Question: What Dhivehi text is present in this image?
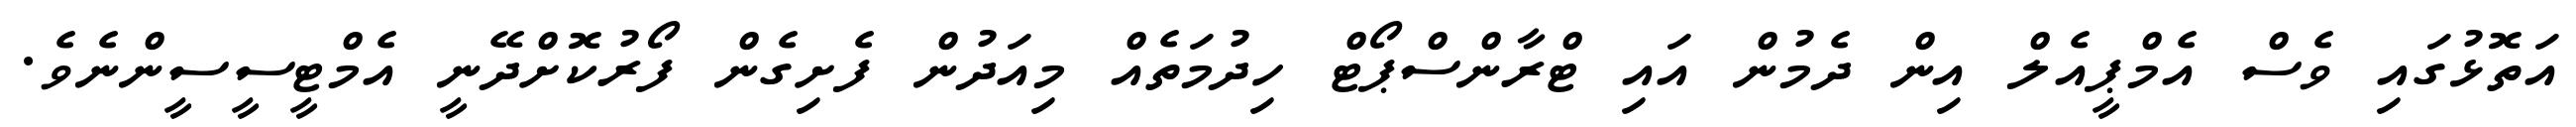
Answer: އަތޮޅުގައި ވެސް އެމްޕީއެލް އިން ދެމުން އައި ޓްރާންސްޕޯޓް ހިދުމަތެއް މިއަދުން ފެށިގެން ފޯރުކޮށްދޭނީ އެމްޓީސީސީންނެވެ.